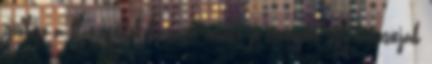
ginkgo a flavonoidok hatása miatt jó értágító, így biztosítják